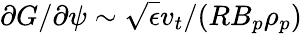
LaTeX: \partial G/\partial\psi\sim\sqrt{\epsilon}v_{t}/(RB_{p}\rho_{p})